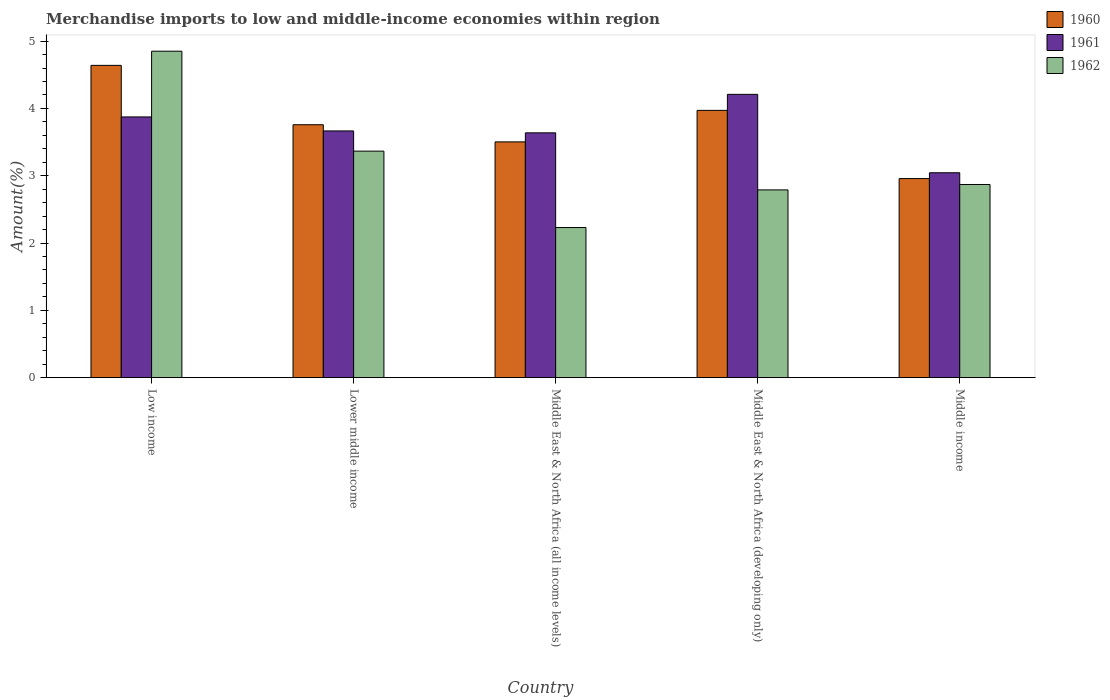
| Country | 1960 | 1961 | 1962 |
 | --- | --- | --- | --- |
 | Low income | 4.64 | 3.87 | 4.85 |
 | Lower middle income | 3.76 | 3.67 | 3.37 |
 | Middle East & North Africa (all income levels) | 3.5 | 3.64 | 2.23 |
 | Middle East & North Africa (developing only) | 3.97 | 4.21 | 2.79 |
 | Middle income | 2.96 | 3.04 | 2.87 |